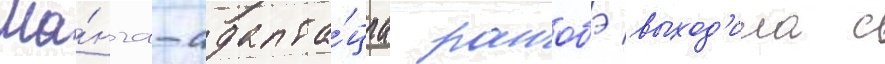
Ма́нга-адапта́циа ранобэ выход'ила с